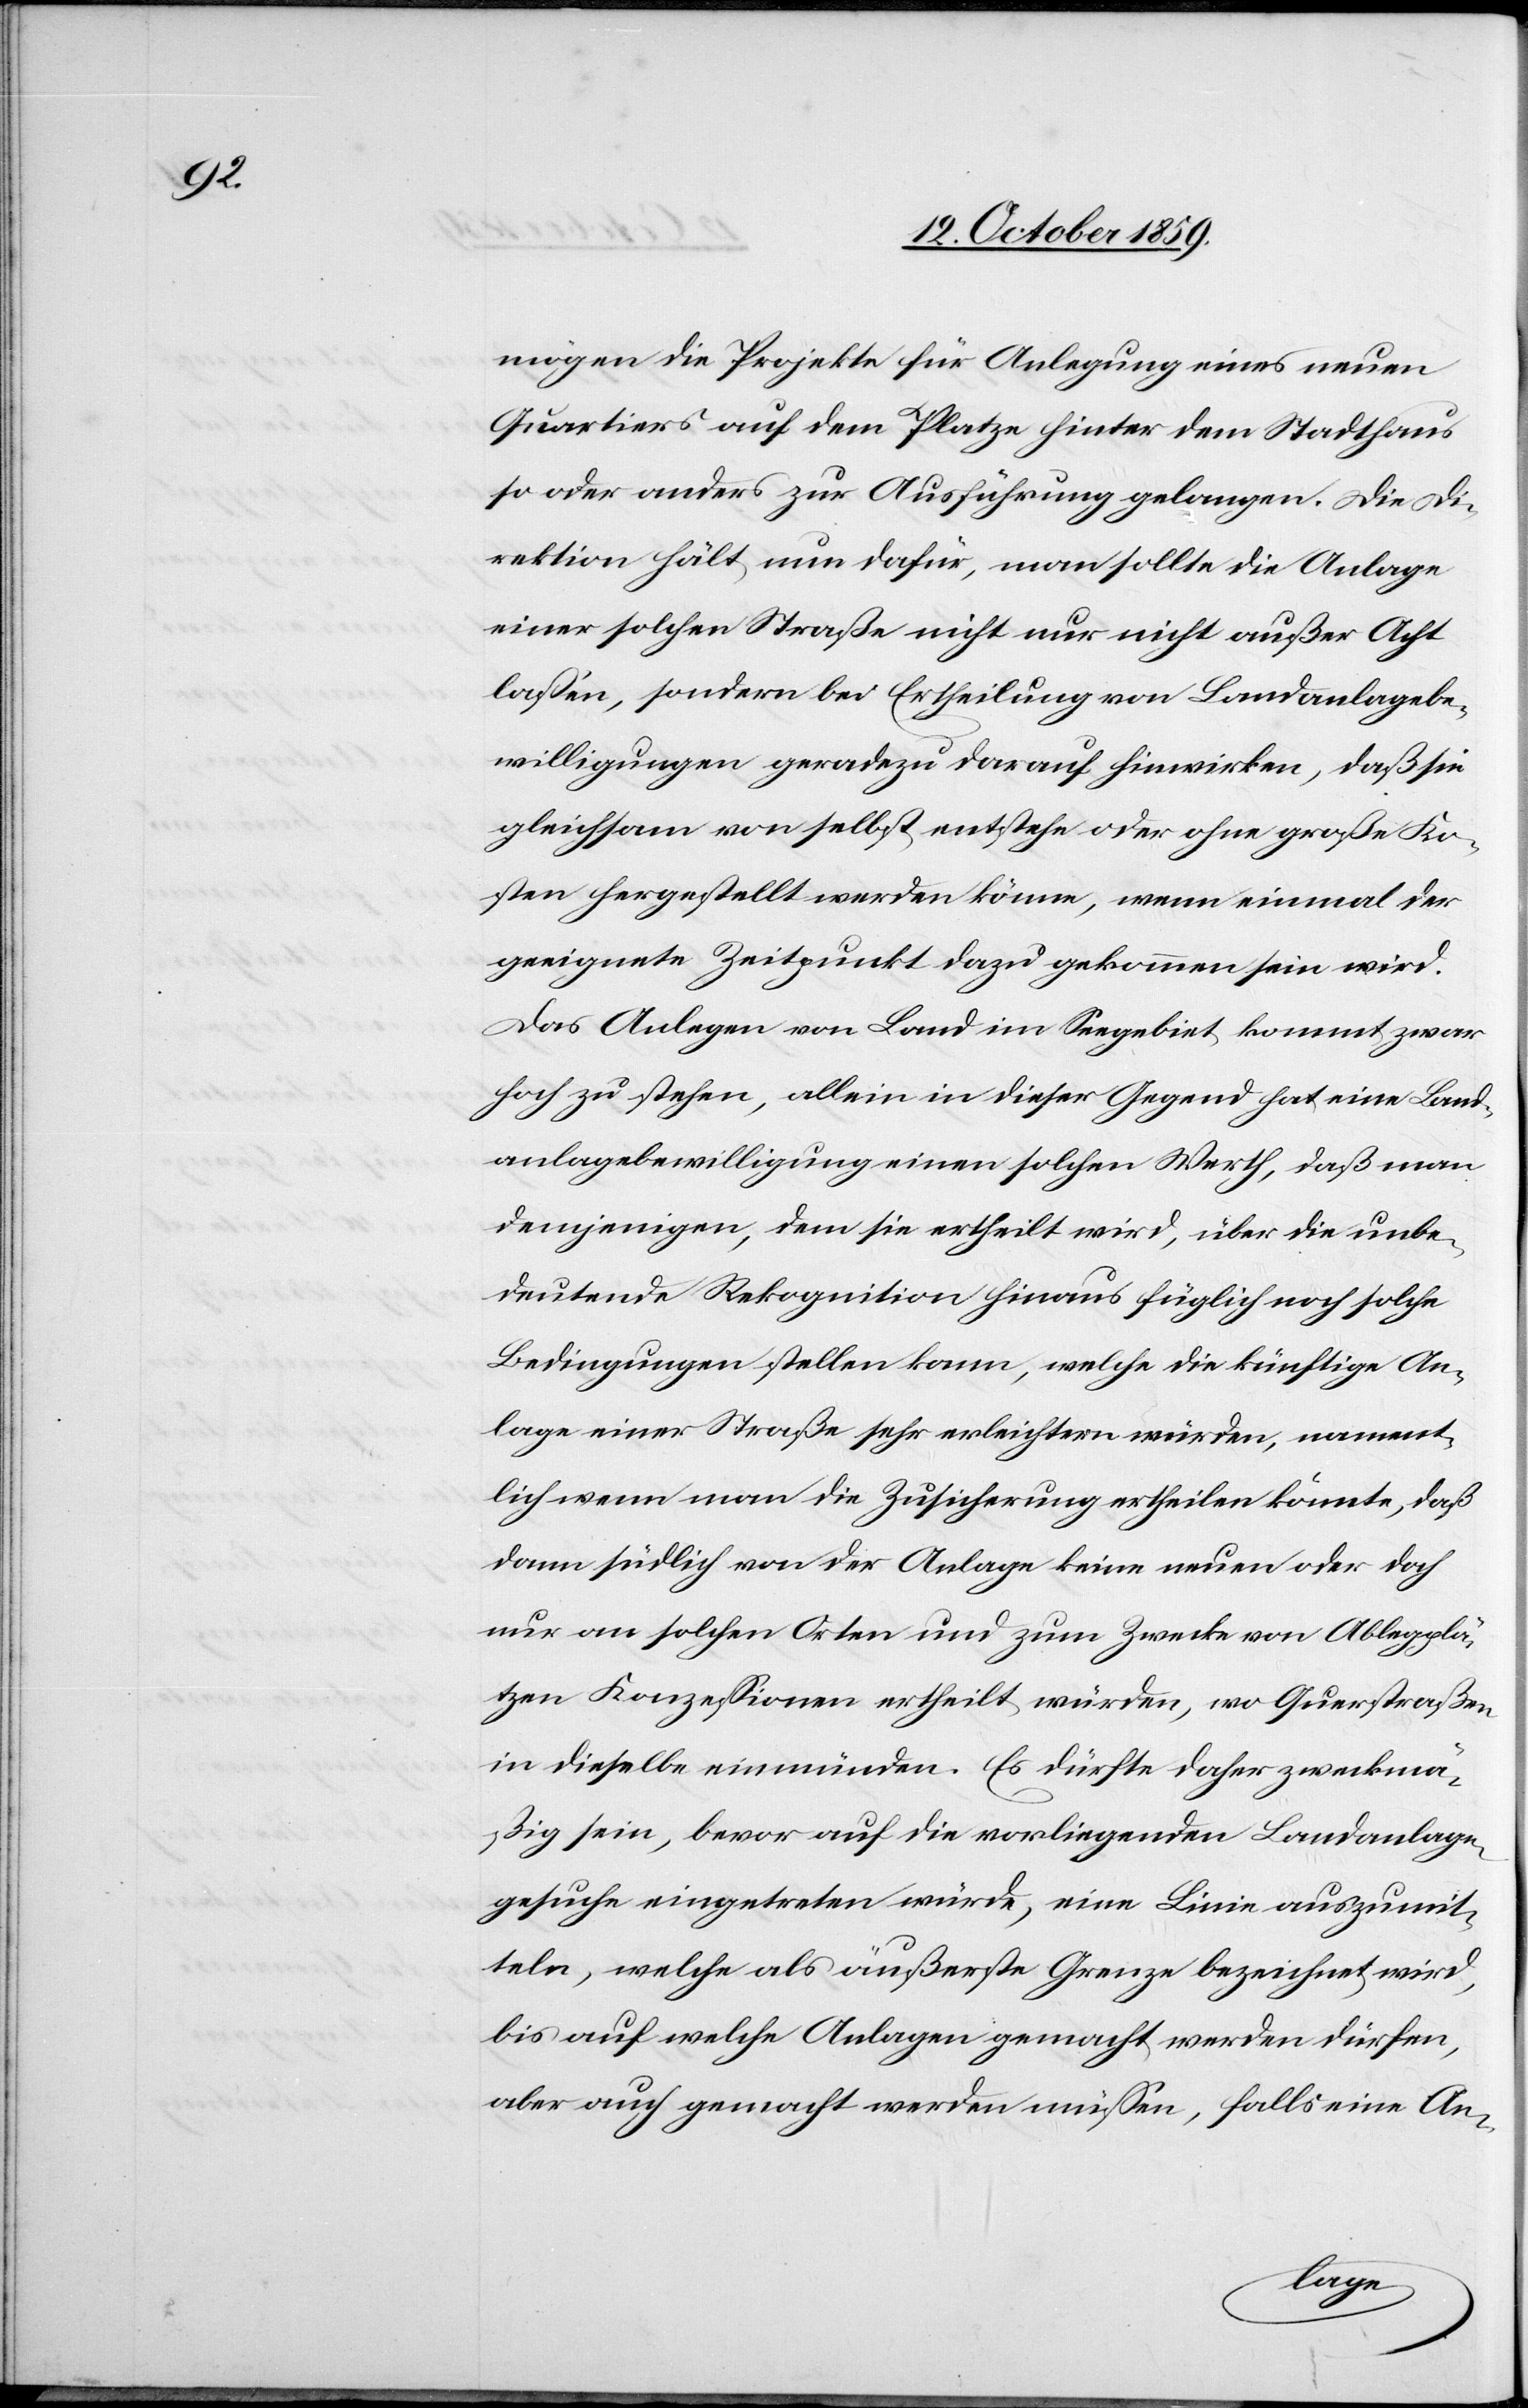
mögen die Projekte für die Anlegung eines neuen
Quartiers auf dem Platze hinter dem Stadthaus
so oder anders zur Ausführung gelangen. Die Di¬
rektion hält nun dafür, man sollte die Anlage
einer solchen Straße nicht nur nicht außer Acht
lassen, sondern bei Ertheilung von Landanlagebe¬
willigungen geradezu darauf hinwirken, daß sie
gleichsam von selbst entstehe oder ohne große Ko¬
sten hergestellt werden könne, wenn einmal der
geeignete Zeitpunkt dazu gekommen sein wird.
Das Anlegen von Land im Seegebiet kommt zwar
hoch zu stehen, allein in dieser Gegend hat eine Land¬
anlagebewilligung einen solchen Werth, daß man
demjenigen, dem sie ertheilt wird, über die unbe¬
deutende Rekognition hinaus füglich noch solche
Bedingungen stellen kann, welche die künftige An¬
lage einer Straße sehr erleichtern würden, nament¬
lich wenn man die Zusicherung ertheilen könnte, daß
dann südlich von der Anlage keine neuen oder doch
nur an solchen Orten und zum Zwecke von Ablegplä¬
tzen Konzessionen ertheilt würden, wo Querstraßen
in dieselbe einmünden. Es dürfte daher zweckmä¬
ßig sein, bevor auf die vorliegende Landanlage¬
gesuche eingetreten würde, eine Linie auszumit¬
teln, welche als äußerste Grenze bezeichnet wird,
bis auf welche Anlagen gemacht werden dürfen,
aber auch gemacht werden müssen, falls eine An-